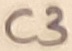
Text: C3